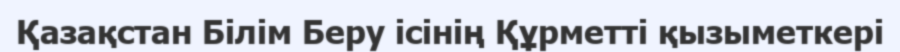
Қазақстан Білім Беру ісінің Құрметті қызыметкері